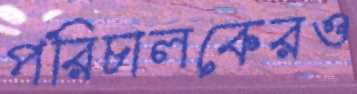
পরিচালকেরও